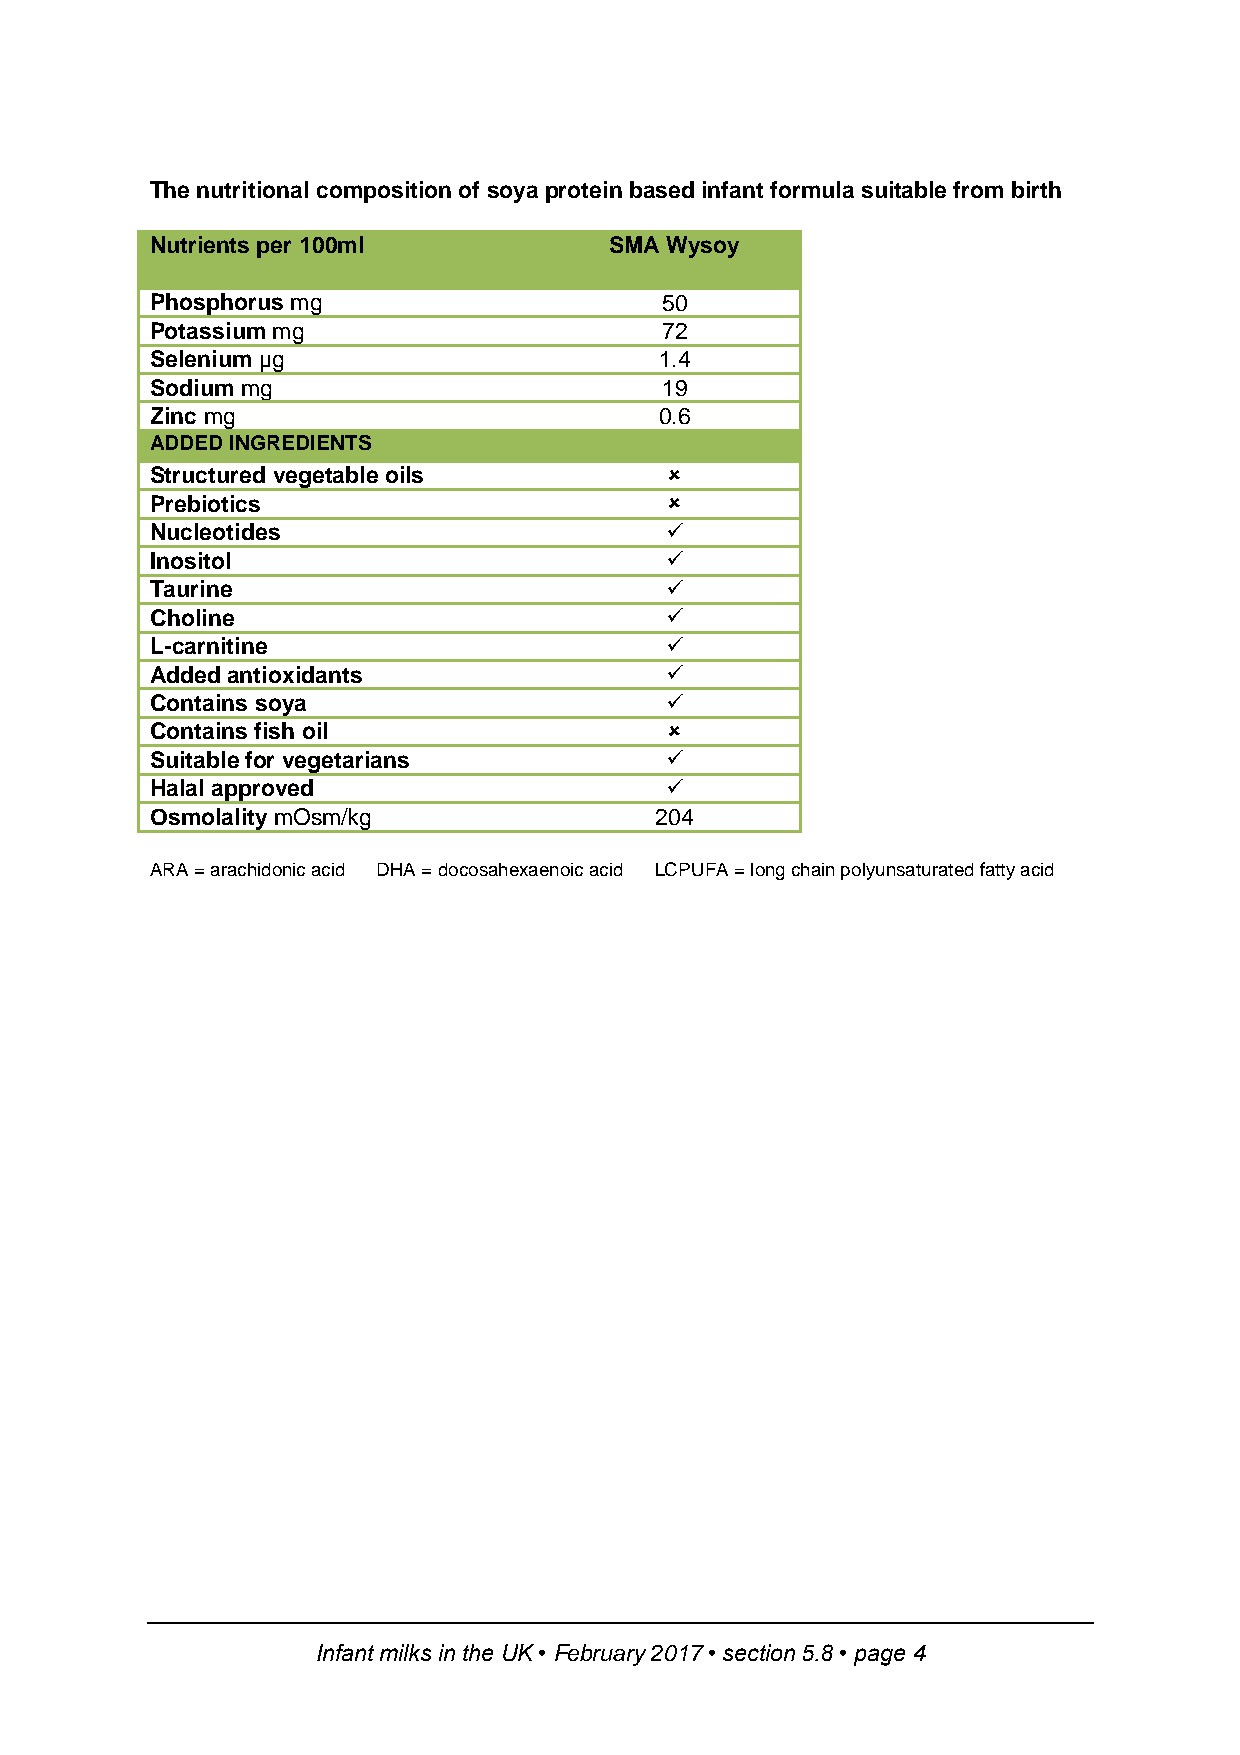
The nutritional composition of soya protein based infant formula suitable from birth
 Nutrients per 100ml           SMA Wysoy
 Phosphorus mg                     50
 Potassium mg                      72
 Selenium µg                       1.4
 Sodium mg                         19
 Zinc mg                           0.6
 ADDED INGREDIENTS
 Structured vegetable oils         
 Prebiotics                        
 Nucleotides                       
 Inositol                          
 Taurine                           
 Choline                           
 L-carnitine                       
 Added antioxidants                
 Contains soya                     
 Contains fish oil                 
 Suitable for vegetarians          
 Halal approved                    
 Osmolality mOsm/kg               204
 ARA = arachidonic acid DHA = docosahexaenoic acid LCPUFA = long chain polyunsaturated fatty acid
 Infant milks in the UK • February 2017 • section 5.8 • page 4